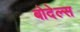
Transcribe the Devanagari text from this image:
बोदेल्स